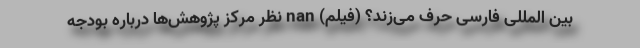
بین المللی فارسی حرف می‌زند؟ (فیلم) nan نظر مرکز پژوهش‌ها درباره بودجه